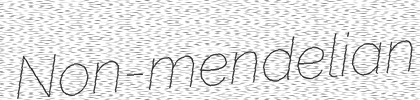
Non-mendelian